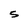
Character: S